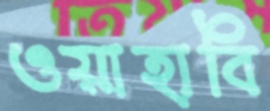
ওয়াহাবি